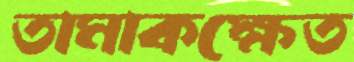
তামাকক্ষেত